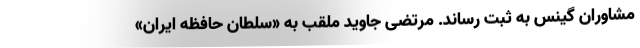
مشاوران گینس به ثبت رساند. مرتضی جاوید ملقب به «سلطان حافظه ایران»